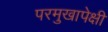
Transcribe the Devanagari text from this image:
परमुखापेक्षी